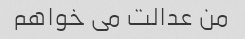
من عدالت می خواهم